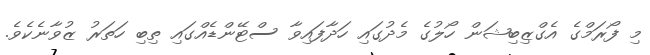
މި ފޯރަމްގެ އެގްޒިބިޝަން ހޯލުގެ މެދުގައި ހަދާފައިވާ ސްޓޭންޑެއްގައި ތިބި ހަތަރު ޒުވާނެކެވެ.